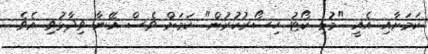
ކަމަށާއި އެއީ "މުޅި ކޯޓު ހިސޯރުކުރުން" ކަމަށް ވެސް އޭނާ ވިދާޅުވި އެވެ.